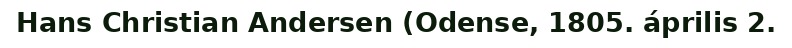
Hans Christian Andersen (Odense, 1805. április 2.